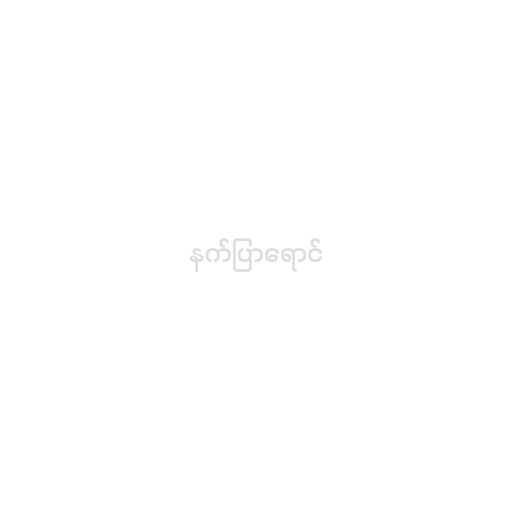
နက်ပြာရောင်